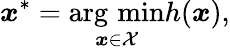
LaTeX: \boldsymbol{x}^{*}=\operatorname*{arg\, min}_{\boldsymbol{x}\in\mathcal{X}}h(\boldsymbol{x}),